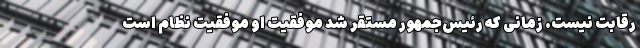
رقابت نیست. زمانی که رئیس‌جمهور مستقر شد موفقیت او موفقیت نظام است